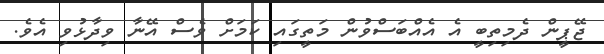
ޖޭޕީން ދެމިތިބީ އެ އެއްބަސްވުން މަތީގައި ކަމަށް ވެސް އޭނާ ވިދާޅުވި އެވެ.